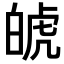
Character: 𤽾